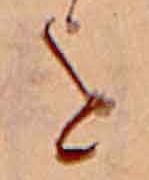
を